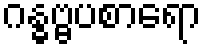
ဂန္ဓဗ္ဗပစာရော